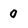
Character: 0